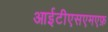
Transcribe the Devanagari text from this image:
आईटीएसएमएफ़